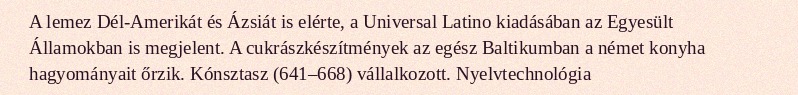
A lemez Dél-Amerikát és Ázsiát is elérte, a Universal Latino kiadásában az Egyesült Államokban is megjelent. A cukrászkészítmények az egész Baltikumban a német konyha hagyományait őrzik. Kónsztasz (641–668) vállalkozott. Nyelvtechnológia